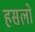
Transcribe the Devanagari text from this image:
हसलो